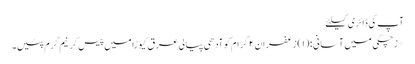
آپ کی ڈائری کیلئے
*زچگی میں آسانی :(۱) زعفران ۲ گرام کوآدھی پیالی عرق کیوڑا میں پیس کرنیم گرم پئیں۔